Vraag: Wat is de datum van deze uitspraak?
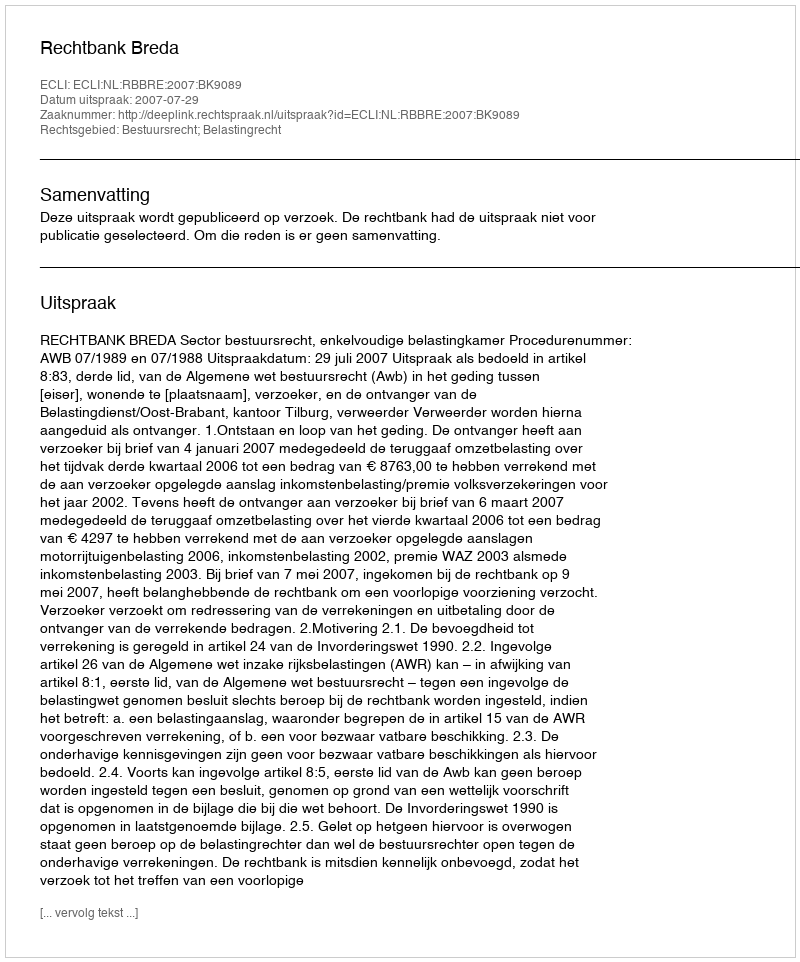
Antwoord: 2007-07-29